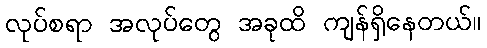
လုပ်စရာ အလုပ်တွေ အခုထိ ကျန်ရှိနေတယ်။